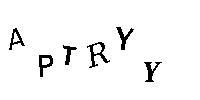
APTRYY